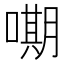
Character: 𭊫